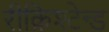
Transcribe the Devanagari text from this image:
रीक्रिश्टेन्ड